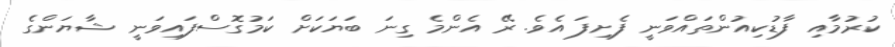
ކުރުމާއި ފާޑުކިއުންތައްވަނީ ފެށިފަ އެވެ. ރޭ އެންމެ ގިނަ ބަޔަކަށް ކަމުގޮސްފައިވަނީ ޝާޔަންގެ